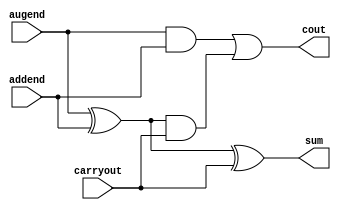
`timescale 1ns/1ns
module FA( augend, addend, carryout, cout, sum ) ;

 input augend, addend, carryout ;
 output cout, sum ;
 wire temp1, temp2, temp3 ;

 xor( temp1, augend, addend ) ;
 and( temp2, augend, addend ) ;
 and( temp3, temp1, carryout ) ;
 or( cout, temp2, temp3 ) ;
 xor( sum, temp1, carryout ) ;
 
endmodule